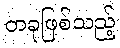
တခုဖြစ်သည့်